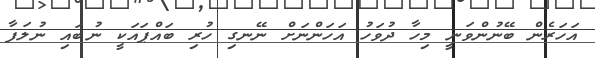
އަހަރެން ބޭނުންވަނީ މިހާ ދުވަހު އަހަންނަށް ނޭނގި ހުރި ބައްޕައަކީ ނުބައި ނުލަފާ